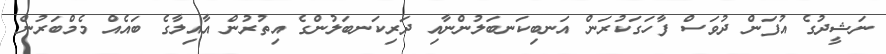
ނަޝީދުގެ އުފަން ދުވަސް ފާހަގަކުރަން އަނބިކަނބަލުންނާއި ދަރިކަނބަލުންގެ އިތުރުން އާއިލާގެ ބައެއް މެމްބަރުން